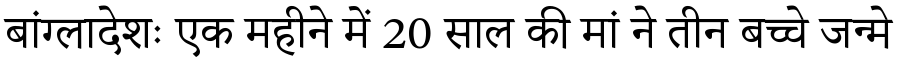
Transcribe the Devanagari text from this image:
बांग्लादेशः एक महीने में 20 साल की मां ने तीन बच्चे जन्मे